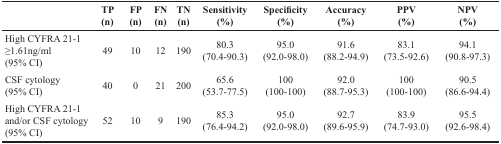
<table><thead><tr><td></td><td><b>TP (n)</b></td><td><b>FP (n)</b></td><td><b>FN (n)</b></td><td><b>TN (n)</b></td><td><b>Sensitivity (%)</b></td><td><b>Specificity (%)</b></td><td><b>Accuracy (%)</b></td><td><b>PPV (%)</b></td><td><b>NPV (%)</b></td></tr></thead><tbody><tr><td>High CYFRA 21-1≥1.61ng/ml (95% CI)</td><td>49</td><td>10</td><td>12</td><td>190</td><td>80.3 (70.4-90.3)</td><td>95.0 (92.0-98.0)</td><td>91.6 (88.2-94.9)</td><td>83.1 (73.5-92.6)</td><td>94.1 (90.8-97.3)</td></tr><tr><td>CSF cytology (95% CI)</td><td>40</td><td>0</td><td>21</td><td>200</td><td>65.6 (53.7-77.5)</td><td>100 (100-100)</td><td>92.0 (88.7-95.3)</td><td>100 (100-100)</td><td>90.5 (86.6-94.4)</td></tr><tr><td>High CYFRA 21-1 and/or CSF cytology (95% CI)</td><td>52</td><td>10</td><td>9</td><td>190</td><td>85.3 (76.4-94.2)</td><td>95.0 (92.0-98.0)</td><td>92.7 (89.6-95.9)</td><td>83.9 (74.7-93.0)</td><td>95.5 (92.6-98.4)</td></tr></tbody></table>